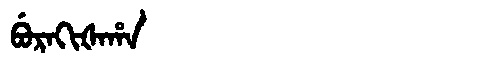
Manchu: ᠪᡠᡵᠠᡴᡳᡧᠠᡥᠠ
Romanization: BURAKIŠAHA